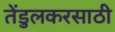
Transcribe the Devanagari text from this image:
तेंडुलकरसाठी